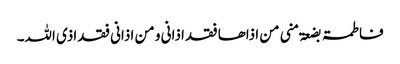
فاطمۃ بضعۃ منی من اذاھا فقد اذانی و من اذانی فقد اذی اللہ۔